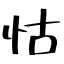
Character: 怙